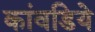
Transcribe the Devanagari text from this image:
कांवडिये